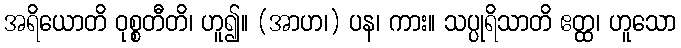
အရိယောတိ ဝုစ္စတီတိ၊ ဟူ၍။ (အာဟ၊) ပန၊ ကား။ သပ္ပုရိသာတိ ဧတ္ထ၊ ဟူသော